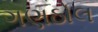
ગણઠોલ